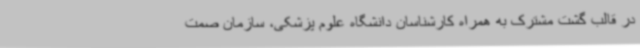
در قالب گشت مشترک به همراه کارشناسان دانشگاه علوم پزشکی، سازمان صمت